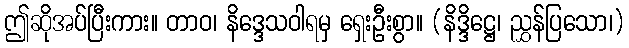
ဤဆိုအပ်ပြီးကား။ တာဝ၊ နိဒ္ဒေသဝါရမှ ရှေးဦးစွာ။ (နိဒ္ဒိဋ္ဌေ၊ ညွှန်ပြသော၊)